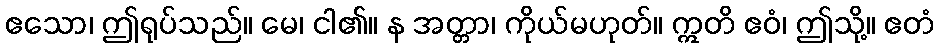
ဧသော၊ ဤရုပ်သည်။ မေ၊ ငါ၏။ န အတ္တာ၊ ကိုယ်မဟုတ်။ ဣတိ ဧဝံ၊ ဤသို့။ ဧတံ